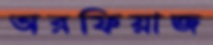
অরফিয়াজ